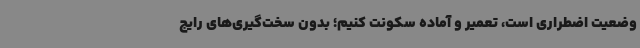
وضعیت اضطراری است، تعمیر و آماده سکونت کنیم؛ بدون سخت‌گیری‌های رایج